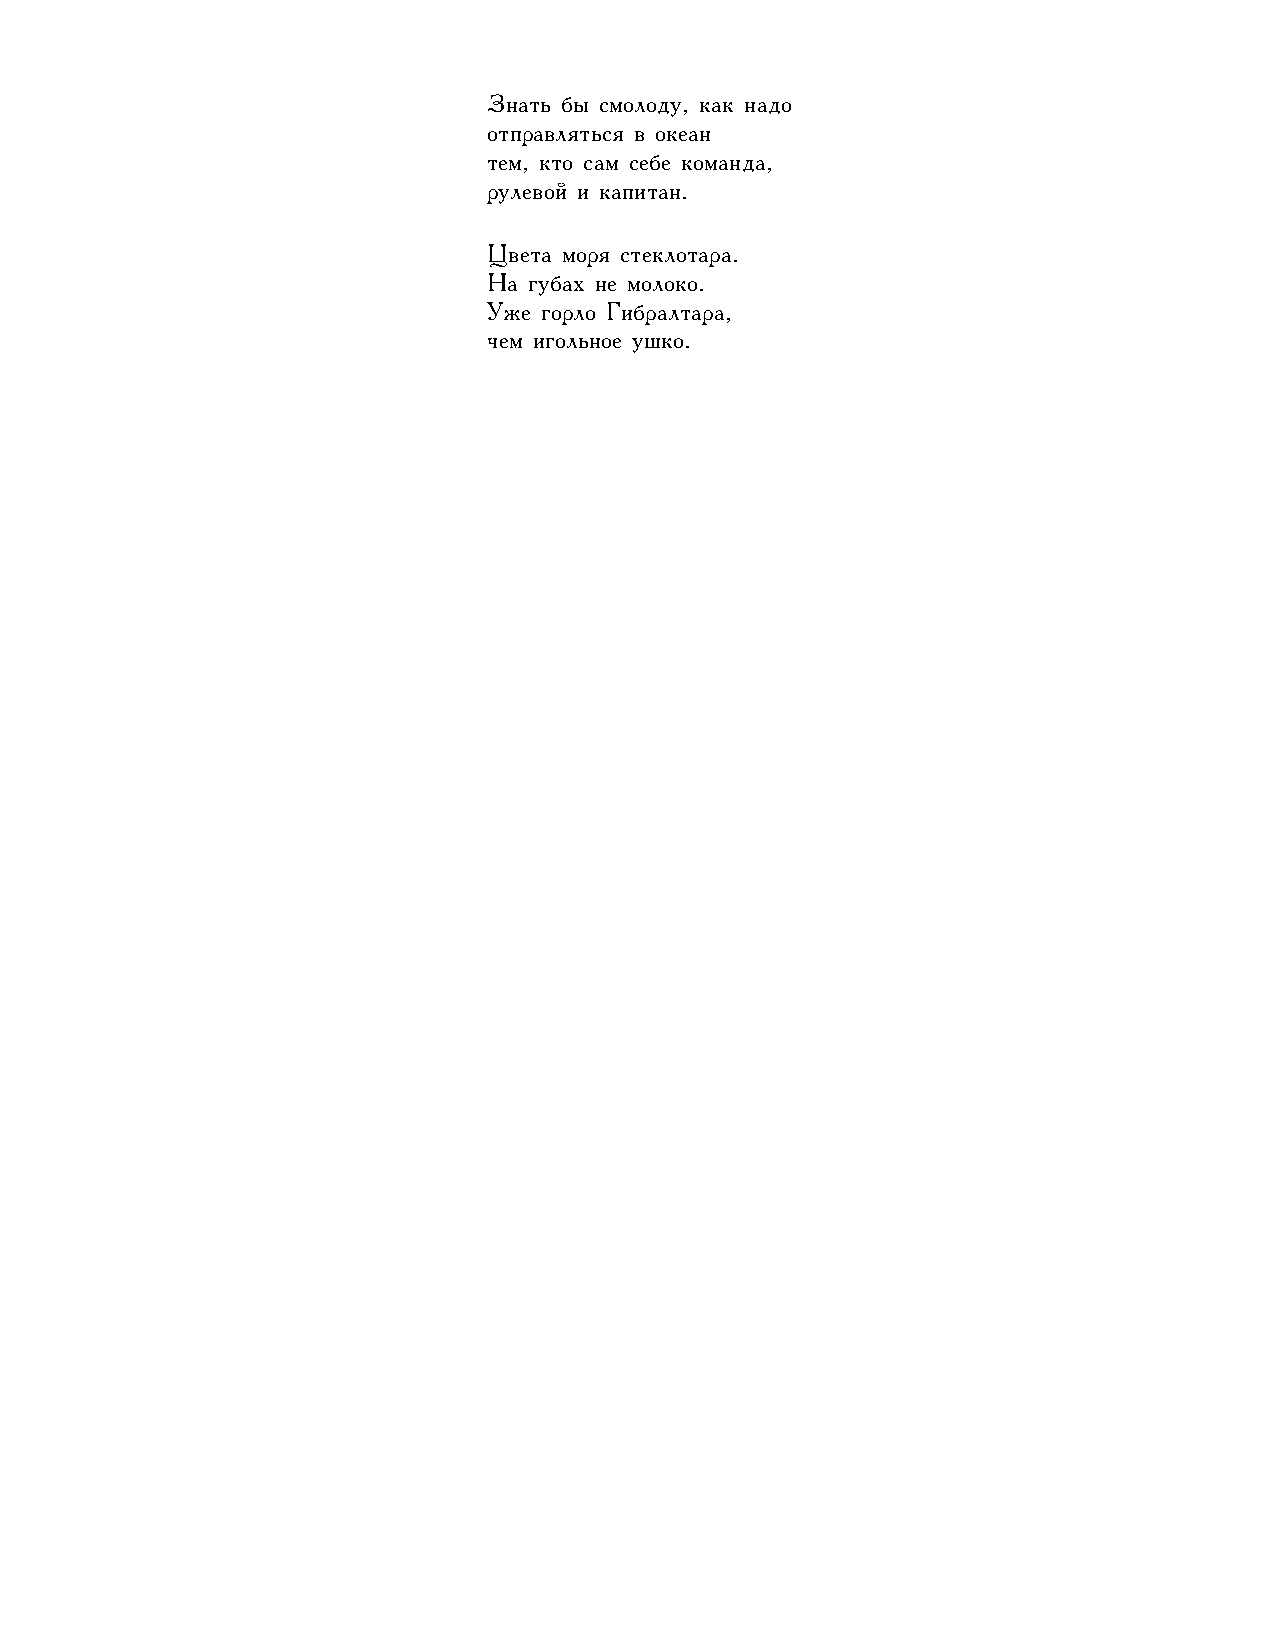
Знать бы смолоду, как надо
 отправляться в океан
 тем, кто сам себе команда,
 рулевой и капитан.
 Цвета моря стеклотара.
 На губах не молоко.
 Уже горло Гибралтара,
 чем игольное ушко.
 43